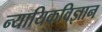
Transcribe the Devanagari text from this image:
न्यायिकविज्ञान